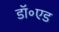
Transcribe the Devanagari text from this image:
डॉ॰एड